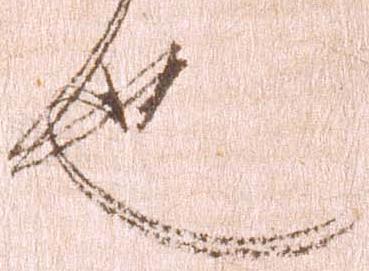
也